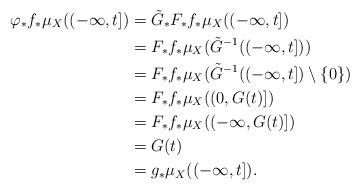
LaTeX: \begin{align*}\varphi_*f_*\mu_X((-\infty,t])&=\tilde G_*F_*f_*\mu_X((-\infty,t])\\&=F_*f_*\mu_X(\tilde G^{-1}((-\infty,t]))\\&=F_*f_*\mu_X(\tilde G^{-1}((-\infty,t])\setminus\{0\})\\&=F_*f_*\mu_X((0,G(t)])\\&=F_*f_*\mu_X((-\infty,G(t)])\\&=G(t)\\&=g_*\mu_X((-\infty,t]).\end{align*}